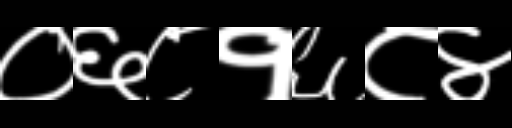
Text: ०६८१६८४